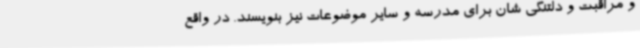
و مراقبت و دلتنگی شان برای مدرسه و سایر موضوعات نیز بنویسند. در واقع